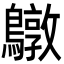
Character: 鷻